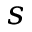
s